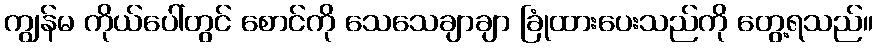
ကျွန်မ ကိုယ်ပေါ်တွင် စောင်ကို သေသေချာချာ ခြုံထားပေးသည်ကို တွေ့ရသည်။